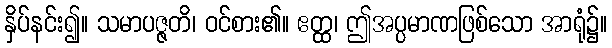
နှိပ်နင်း၍။ သမာပဇ္ဇတိ၊ ဝင်စား၏။ ဧတ္ထ၊ ဤအပ္ပမာဏဖြစ်သော အာရုံ၌။